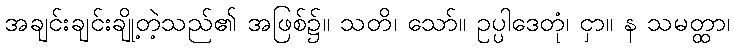
အချင်းချင်းချို့တဲ့သည်၏ အဖြစ်၌။ သတိ၊ သော်။ ဥပ္ပါဒေတုံ၊ ငှာ။ န သမတ္ထာ၊